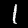
Digit: 1